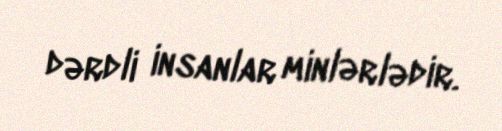
dərdli insanlar minlərlədir.